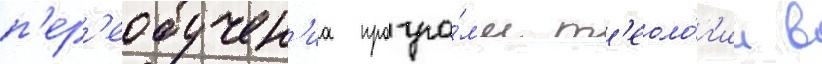
п'ер'еобучен'иа програ́мм т'еоло́г'ии в